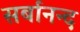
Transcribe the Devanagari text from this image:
सर्बानन्द